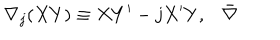
\nabla _ { j } ( X Y ) \equiv X Y ^ { \prime } - j X ^ { \prime } Y , \bar { \nabla }